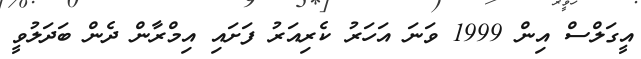
އީގަލްސް އިން 1999 ވަނަ އަހަރު ކެރިއަރު ފަށައި އިމްރާން ދެން ބަދަލުވީ